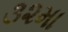
૩૨મા